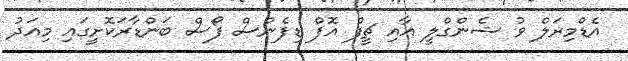
އެޑްމިރަލް ވު ޝެންގްލީ އާއި ޗީފް އޮފް ޑިފެންސް ފޯސް ބަންޑާރަކޮށީގައި މިއަދު